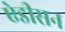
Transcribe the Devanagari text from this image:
ऐडीसन